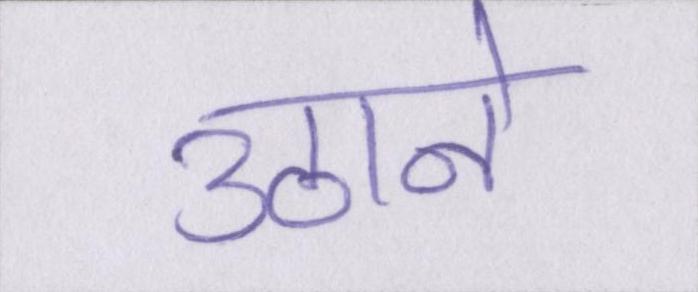
उठाने